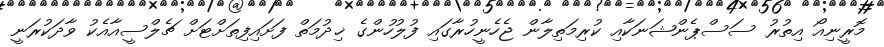
މޮރީނިއޯ އިތުރު ސަސްޕެންޝަނަކާއި ކުރިމަތިލާން ޖެހެނީހުރާގައި ފުލުހުންގެ ޚިދުމަތް ފަށައިފިތަށްޓަށް ޗެލްސީއާއެކު ވާދަކުރަނީ